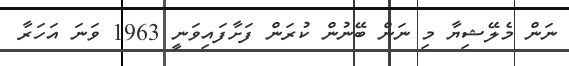
ނަން މެލޭޝިޔާ މި ނަން ބޭނުން ކުރަން ފަށާފައިވަނީ 1963 ވަނަ އަހަރާ